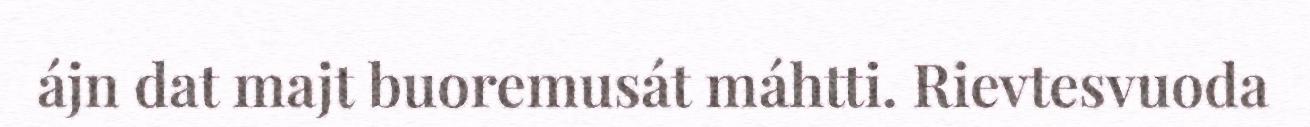
ájn dat majt buoremusát máhtti. Rievtesvuoda